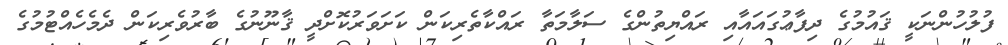
ފުލުހުންނަކީ ޤައުމުގެ ދިފާޢުގައައާއި ރައްޔިތުންގެ ސަލާމަތާ ރައްކާތެރިކަން ކަށަވަރުކޮށްދީ ޤާނޫނުގެ ބާރުވެރިކަން ދެމެހެއްޓުމުގެ